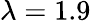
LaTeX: \lambda=1.9